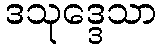
ဒသုဒ္ဒေသာ